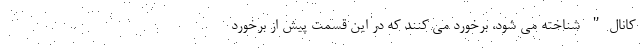
کانال" شناخته می شود، برخورد می کنند که در این قسمت پیش از برخورد